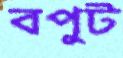
বপুট